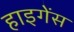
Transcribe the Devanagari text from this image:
हाइगेंस